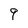
Character: 9